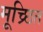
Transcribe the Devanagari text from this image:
मूच्र्छित